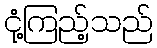
ငုံ့ကြည့်သည်